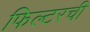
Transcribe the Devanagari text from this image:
फिल्टरची